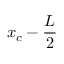
x _ { c } - { \frac { L } { 2 } }